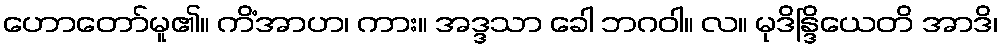
ဟောတော်မူ၏။ ကိံအာဟ၊ ကား။ အဒ္ဒသာ ခေါ ဘဂဝါ။ လ။ မုဒိန္ဒြိယေတိ အာဒိ၊